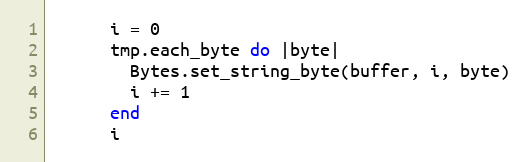
Language: Ruby
      i = 0
      tmp.each_byte do |byte|
        Bytes.set_string_byte(buffer, i, byte)
        i += 1
      end
      i